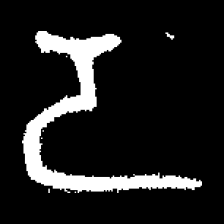
Pyu character \u2014 Myanmar letter: ဒ (romanized: da)